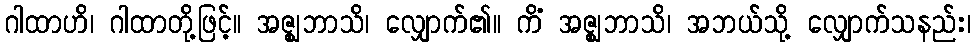
ဂါထာဟိ၊ ဂါထာတို့ဖြင့်။ အဇ္ဈဘာသိ၊ လျှောက်၏။ ကိံ အဇ္ဈဘာသိ၊ အဘယ်သို့ လျှောက်သနည်း၊